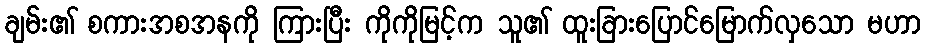
ချမ်း၏ စကားအစအနကို ကြားပြီး ကိုကိုမြင့်က သူ၏ ထူးခြားပြောင်မြောက်လှသော မဟာ